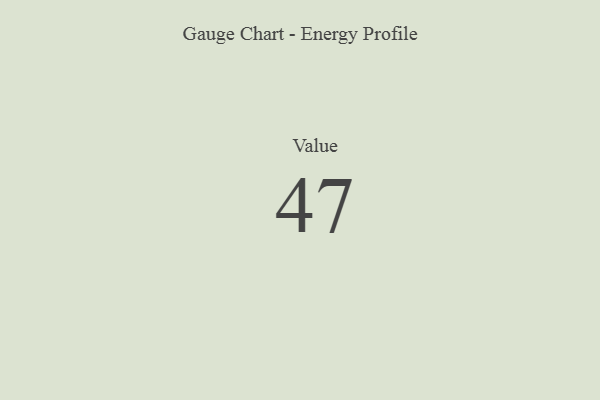
{"axis": {"x": "Metric", "y": "Value"}, "legend": [""], "data": [{"x": "Value", "y": 47, "type": ""}]}